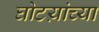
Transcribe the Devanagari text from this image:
घोटय़ांच्या